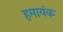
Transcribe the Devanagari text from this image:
हमायंक